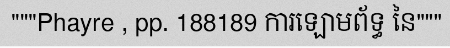
"""Phayre , pp. 188189 ការឡោមព័ទ្ធ នៃ"""